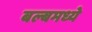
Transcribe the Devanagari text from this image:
बल्बमध्ये